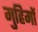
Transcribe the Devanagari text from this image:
मुहिमों